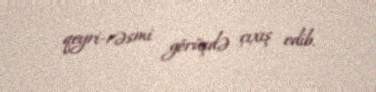
qeyri-rəsmi görüşdə çıxış edib.